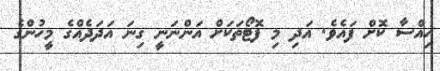
ހިއްސާ ކޮށް ފައެވެ. އަދި މި ފޮޓޯތަކަށް އަންނަނީ ގިނަ އަދަދެއްގެ މީހުންގެ